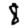
Digit: 8